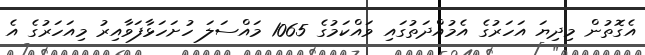
އެގޮތުން މިދިޔަ އަހަރުގެ އެމުއްދަތުގައި ވައްކަމުގެ 1065 މައްސަލަ ހުށަހަޅާފަވާއިރު މިއަހަރުގެ އެ